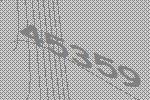
45359